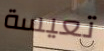
تعيسة